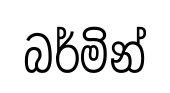
බර්මින්